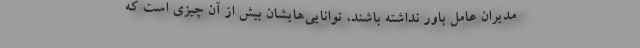
مدیران عامل باور نداشته باشند، توانایی‌هایشان بیش از آن چیزی است که